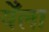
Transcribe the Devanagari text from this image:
येँला